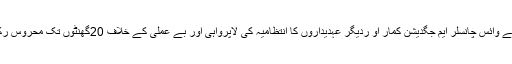
طلباء نے وائس چانسلر ایم جگدیشن کمار او ردیگر عہدیداروں کا انتظامیہ کی لاپرواہی اور بے عملی کے خلاف 20گھنٹوں تک محروس رکھا تھا۔